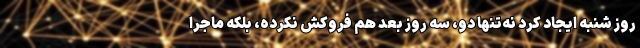
روز شنبه ایجاد کرد نه‌تنها دو، سه روز بعد هم فروکش نکرده، بلکه ماجرا